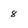
Character: 8